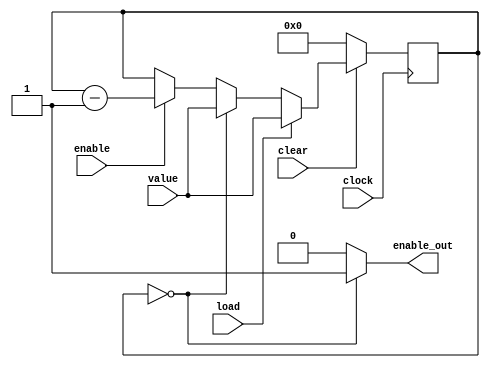
module rate_divider(value, load, clock, clear, enable, enable_out);
	input [27:0] value;
	input load, clock, clear, enable;
	reg [27:0] store;
	output enable_out;
	
	always @(posedge clock)
	begin
		if(clear == 1'b0)
			store <= 0;
		else if(load == 1'b1)
			store <= value;
		else if(store == 0)
			store <= value;
		else if(enable == 1'b1)
			store <= store - 1'b1;
	end
	
	assign enable_out = (store == 0) ? 1 : 0;
endmodule